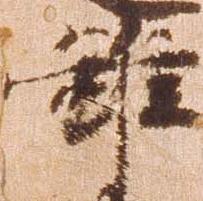
雖